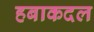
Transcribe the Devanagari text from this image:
हबाकदल